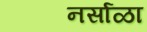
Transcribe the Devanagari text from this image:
नर्साळा